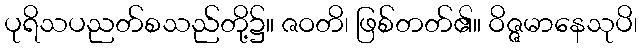
ပုရိသပညတ်စသည်တို့၌။ ဇဝတိ၊ ဖြစ်တတ်၏။ ဝိဇ္ဇမာနေသုပိ၊